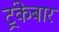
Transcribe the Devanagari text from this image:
ट्रंकेबार